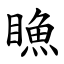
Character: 䁩